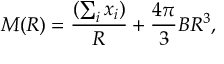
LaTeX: M ( R ) = \frac { ( \sum _ { i } x _ { i } ) } R + \frac { 4 \pi } 3 B R ^ { 3 } ,